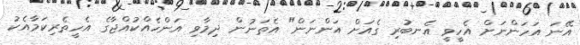
އޭނަ އަހަންނަށް އެހީވީ އެނބުރި ގެއަށް އަންނަން" އެތަނުން ދިމާވި އަންހެއްކުއްޖާގެ އެހީތެރިކަމާއެކު